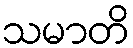
သမာတိ